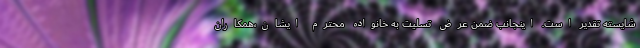
شایسته تقدیر است. اینجانب ضمن عرض تسلیت به خانواده محترم ایشان،همکاران